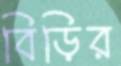
বিড়ির